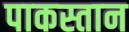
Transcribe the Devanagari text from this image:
पाकस्तान